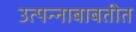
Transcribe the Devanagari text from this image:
उत्पन्नाबाबतीत